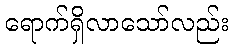
ရောက်ရှိလာသော်လည်း